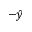
- \hat { y }